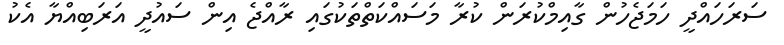
ސަރަހައްދީ ހަމަޖެހުން ގާއިމްކުރަން ކުރާ މަސައްކަތްތަކުގައި ރާއްޖެ އިން ސައުދީ އަރަބިއްޔާ އެކު